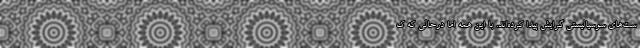
ست‌های سوسیالیستی گرایش پیدا کرده‌اند. با این همه اما درحالی که ک